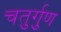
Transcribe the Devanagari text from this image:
चतुर्गुण